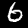
Digit: 6